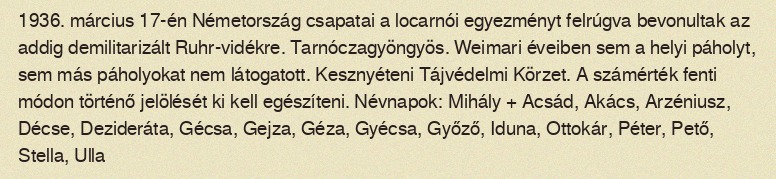
1936. március 17-én Németország csapatai a locarnói egyezményt felrúgva bevonultak az addig demilitarizált Ruhr-vidékre. Tarnóczagyöngyös. Weimari éveiben sem a helyi páholyt, sem más páholyokat nem látogatott. Kesznyéteni Tájvédelmi Körzet. A számérték fenti módon történő jelölését ki kell egészíteni. Névnapok: Mihály + Acsád, Akács, Arzéniusz, Décse, Dezideráta, Gécsa, Gejza, Géza, Gyécsa, Győző, Iduna, Ottokár, Péter, Pető, Stella, Ulla